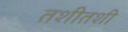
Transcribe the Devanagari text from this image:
तशीतशी